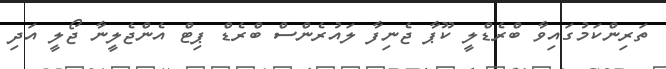
ތަރިންކަމުގައިވާ ބްރެޑްލީ ކޫޕާ ޖެނިފާ ލައުރެންސް ބްރެޑް ޕިޓް އެންޖެލީނާ ޖޯލީ އަދި